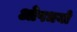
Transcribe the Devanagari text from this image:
ओषधयो